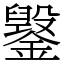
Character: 䥣